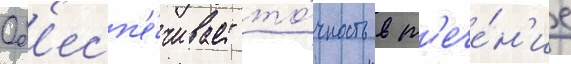
Об'есп'е́чивает то́чность в т'ече́н'ие